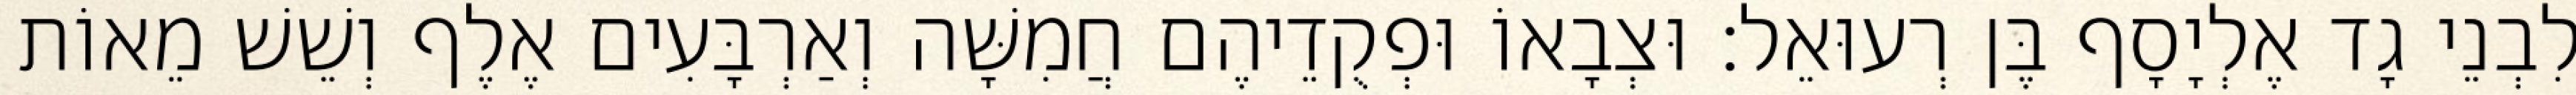
לִבְנֵי גָד אֶלְיָסָף בֶּן רְעוּאֵל׃ וּצְבָאוֹ וּפְקֻדֵיהֶם חֲמִשָּׁה וְאַרְבָּעִים אֶלֶף וְשֵׁשׁ מֵאוֹת